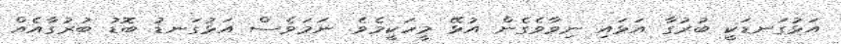
އަޅުގަނޑަކީ ބުރުގާ އަޅައި ނިވާވެގެން އުޅޭ މީހަކީމެވެ. ނަމަވެސް އަޅުގަނޑު ބޮޑު ބުރުގާއެއް